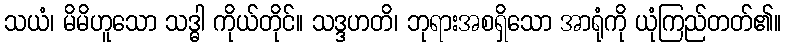
သယံ၊ မိမိဟူသော သဒ္ဓါ ကိုယ်တိုင်။ သဒ္ဒဟတိ၊ ဘုရားအစရှိသော အာရုံကို ယုံကြည်တတ်၏။